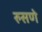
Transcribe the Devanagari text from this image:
रुसणे